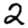
Digit: 2